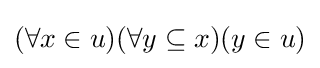
(\forall x\in u)(\forall y\subseteq x)(y\in u)